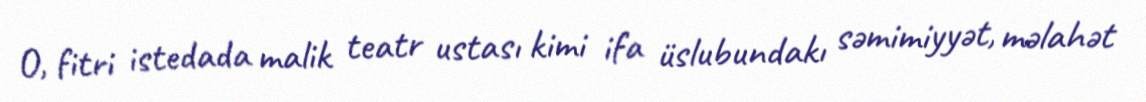
O, fitri istedada malik teatr ustası kimi ifa üslubundakı səmimiyyət, məlahət